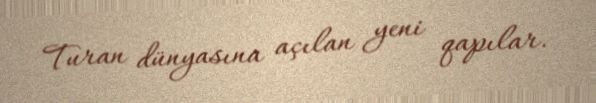
Turan dünyasına açılan yeni qapılar.